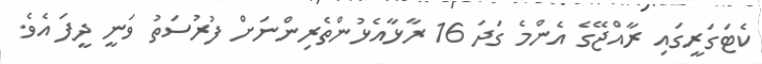
ކެޓަގަރީގައި ރާއްޖޭގެ އެންމެ ގަދަ 16 ރާޅާއެޅުންތެރިންނަށް ފުރުސަތު ވަނީ ދީފަ އެވެ.